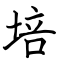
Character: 培